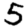
Digit: 5